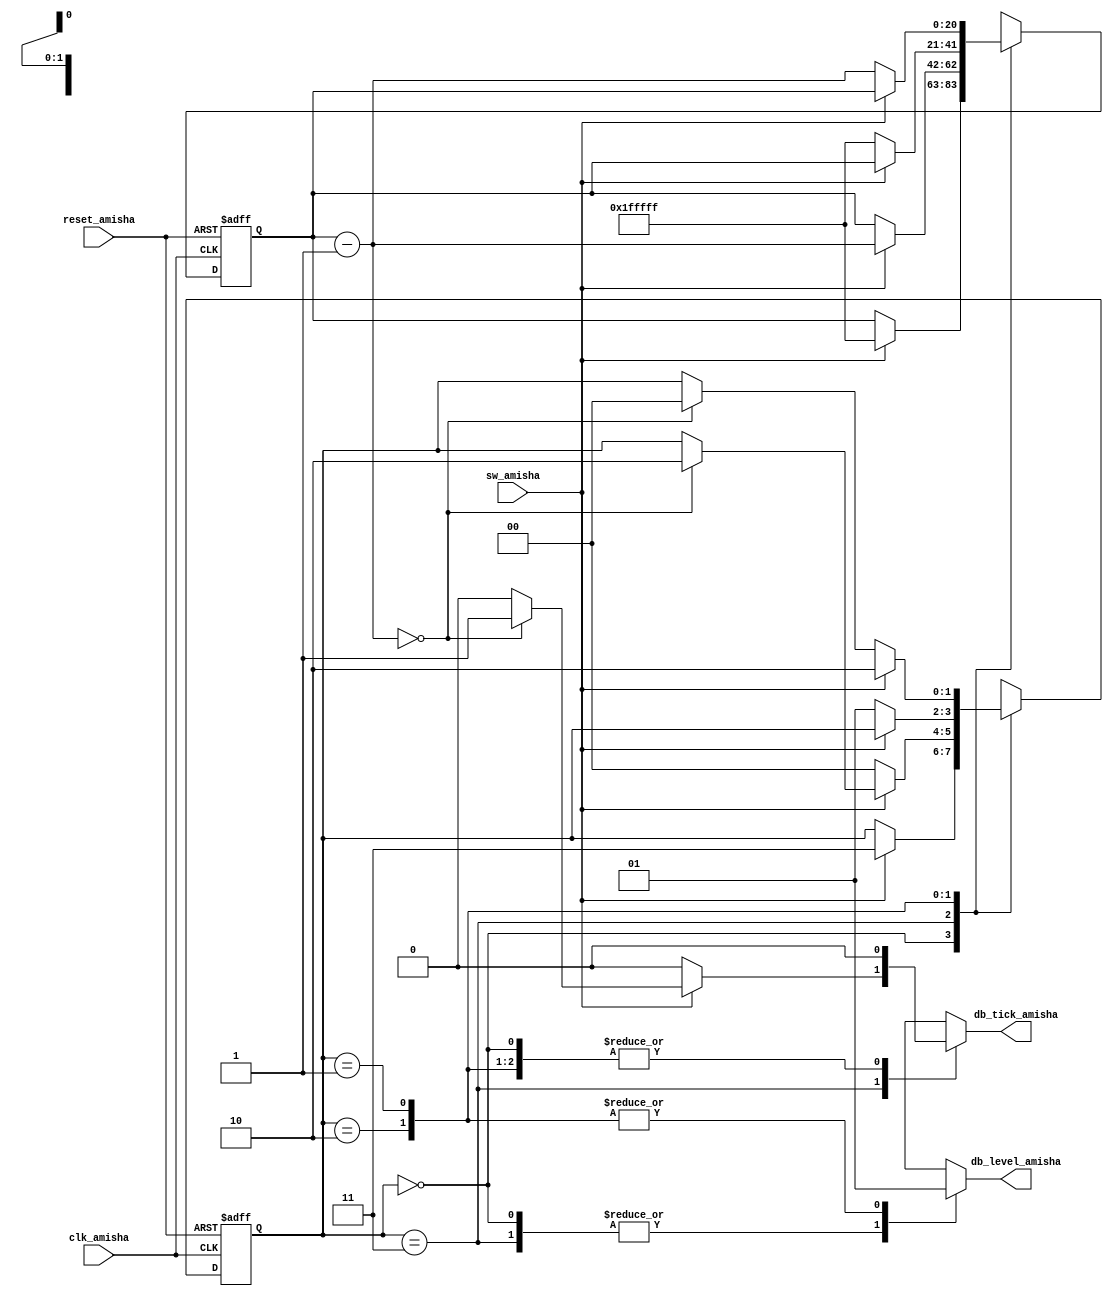
`timescale 1ns / 1ps
//////////////////////////////////////////////////////////////////////////////////
// Company: 
// Engineer: 
// 
// Design Name: 
// Module Name:    debounce_Amisha 
// Project Name: 
// Target Devices: 
// Tool versions: 
// Description: 
//
// Dependencies: 
//
// Revision: 
// Revision 0.01 - File Created
// Additional Comments: 
//
//////////////////////////////////////////////////////////////////////////////////
module debounce_Amisha(
    input clk_amisha,
    input reset_amisha,
    input sw_amisha,
    output reg db_level_amisha,
    output reg db_tick_amisha
    );
	 localparam [1:0]
	 zero_amisha = 2'b00,
	 wait0_amisha = 2'b01,
	 one_amisha = 2'b10,
	 wait1_amisha = 2'b11;
	 localparam N_amisha = 21;
	 
	 reg [N_amisha - 1 : 0] q_reg_amisha, q_next_amisha;
	 reg [1:0] state_reg_amisha, state_next_amisha;
	 
	 always @(posedge clk_amisha, posedge reset_amisha)
	 if (reset_amisha)
	 begin
	 state_reg_amisha <= zero_amisha;
	 q_reg_amisha <=0;
	 end
	 else
	 begin
	 state_reg_amisha <= state_next_amisha;
	 q_reg_amisha <= q_next_amisha;
	 end
	 
	 always @*
	 begin
	 state_next_amisha = state_reg_amisha;
	 q_next_amisha = q_reg_amisha;
	 db_tick_amisha = 1'b0;
	 case (state_reg_amisha)
	 zero_amisha :
	 begin
	 db_level_amisha = 1'b0;
	 if (sw_amisha)
	 begin
	 state_next_amisha = wait1_amisha;
	 q_next_amisha = {N_amisha{1'b1}};
	 end
	 end
	 
	 wait1_amisha :
	 begin
	 db_level_amisha = 1'b0;
	 if (sw_amisha)
	 begin
	 q_next_amisha = q_reg_amisha - 1;
	 if (q_next_amisha == 0)
	 begin
	 state_next_amisha = one_amisha;
	 db_tick_amisha = 1'b1;
	 end
	 end
	 else
	 state_next_amisha = zero_amisha;
	 end
	 
	 one_amisha :
	 begin
	 db_level_amisha = 1'b1;
	 if (~sw_amisha)
	 begin
	 state_next_amisha = wait0_amisha;
	 q_next_amisha = {N_amisha{1'b1}};
	 end
	 end
	 
	 wait0_amisha :
	 begin
	 db_level_amisha = 1'b1;
	 if (~sw_amisha)
	 begin
	 q_next_amisha = q_reg_amisha - 1;
	 if (q_next_amisha == 0)
	 state_next_amisha = zero_amisha;
	 end
	 else
	 state_next_amisha = one_amisha;
	 end
	 default : state_next_amisha = zero_amisha;
	 endcase
	 end
endmodule